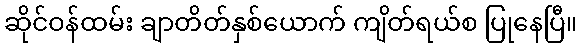
ဆိုင်ဝန်ထမ်း ချာတိတ်နှစ်ယောက် ကျိတ်ရယ်စ ပြုနေပြီ။